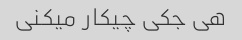
هی جکی چیکار میکنی